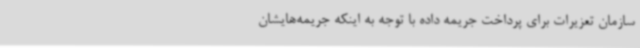
سازمان تعزیرات برای پرداخت جریمه داده با توجه به اینکه جریمه‌هایشان